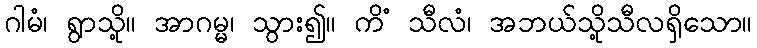
ဂါမံ၊ ရွာသို့။ အာဂမ္မ၊ သွား၍။ ကိံ သီလံ၊ အဘယ်သို့သီလရှိသော။